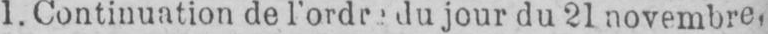
du jour du 21 novembre,